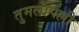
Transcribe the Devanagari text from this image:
तुमलापल्ली